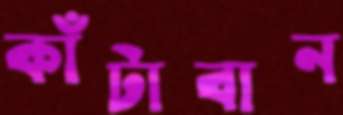
কাঁটাবান